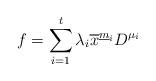
LaTeX: \begin{align*}f = \sum_{i=1}^t\lambda_i\overline{x}^{\underline{m}_i}D^{\mu_i}\end{align*}